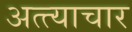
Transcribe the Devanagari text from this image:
अत्त्याचार